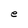
Character: e